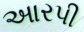
આરપી